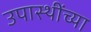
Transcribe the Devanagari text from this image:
उपास्थींच्या